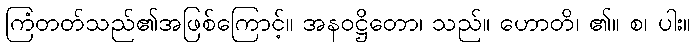
ကြံတတ်သည်၏အဖြစ်ကြောင့်။ အနဝဋ္ဌိတော၊ သည်။ ဟောတိ၊ ၏။ စ၊ ပါး။